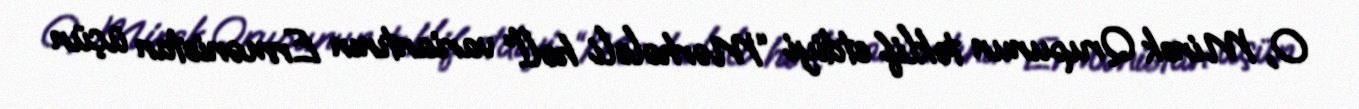
O, Minsk Qrupunun təklif etdiyi “Mərhələli həll” variantının Ermənistan üçün